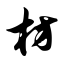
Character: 枋